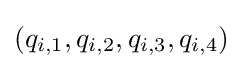
(q_{i,1},q_{i,2},q_{i,3},q_{i,4})